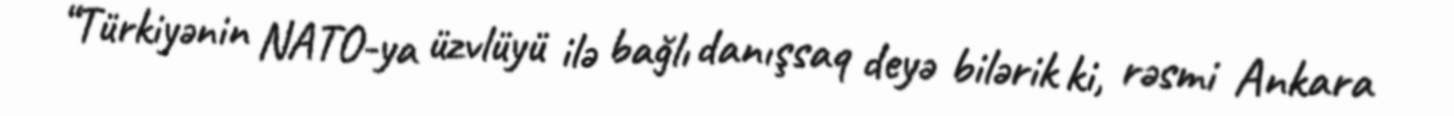
“Türkiyənin NATO-ya üzvlüyü ilə bağlı danışsaq deyə bilərik ki, rəsmi Ankara